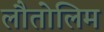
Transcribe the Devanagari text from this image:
लौतोलिम